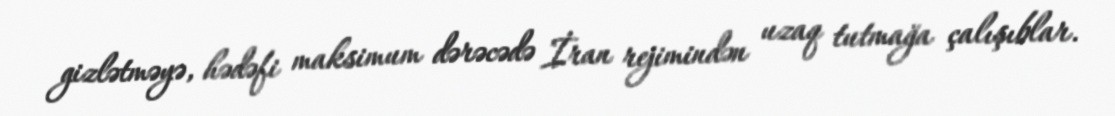
gizlətməyə, hədəfi maksimum dərəcədə İran rejimindən uzaq tutmağa çalışıblar.